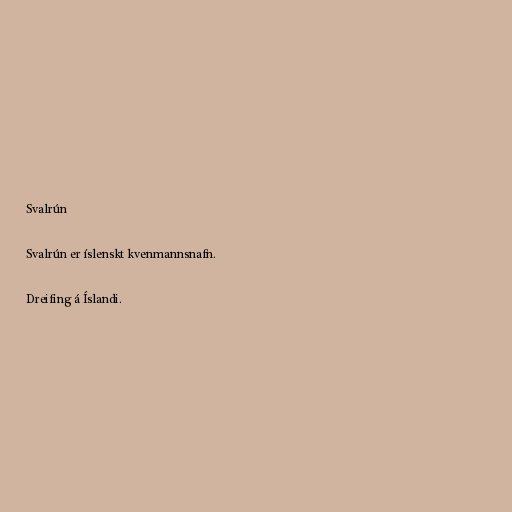
Svalrún

Svalrún er íslenskt kvenmannsnafn.

Dreifing á Íslandi.